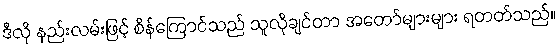
ဒီလို နည်းလမ်းဖြင့် စိန်ကြောင်သည် သူလိုချင်တာ အတော်များများ ရတတ်သည်။